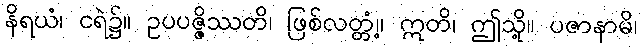
နိရယံ၊ ငရဲ၌။ ဥပပဇ္ဇိဿတိ၊ ဖြစ်လတ္တံ့။ ဣတိ၊ ဤသို့။ ပဇာနာမိ၊